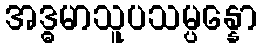
အဒ္ဓမာသူပသမ္ပန္နော